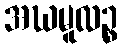
အဃမူလဉ္စ